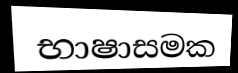
භාෂාසමක